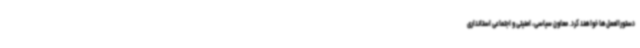
دستورالعمل‌ها خواهند کرد. معاون سیاسی، امنیتی و اجتماعی استانداری